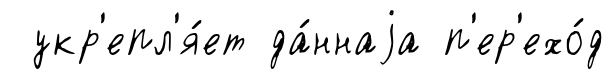
укр'епл'я́ет да́ннаjа п'ер'ехо́д